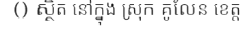
() ស្ថិត នៅក្នុង ស្រុក គូលែន ខេត្ត